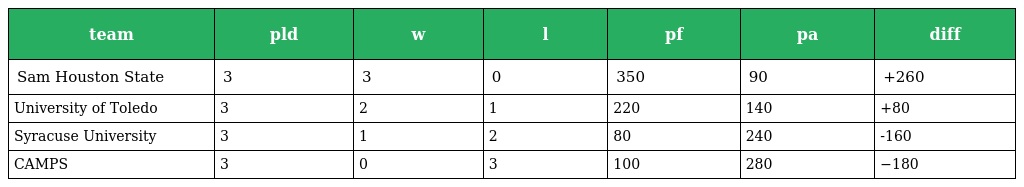
| team | pld | w | l | pf | pa | diff |
 | --- | --- | --- | --- | --- | --- | --- |
 | Sam Houston State | 3 | 3 | 0 | 350 | 90 | +260 |
 | University of Toledo | 3 | 2 | 1 | 220 | 140 | +80 |
 | Syracuse University | 3 | 1 | 2 | 80 | 240 | -160 |
 | CAMPS | 3 | 0 | 3 | 100 | 280 | −180 |